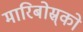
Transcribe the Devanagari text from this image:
मारिबोस्र्को